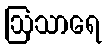
ဩသာရေ